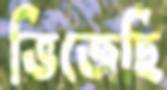
ভিজেছি